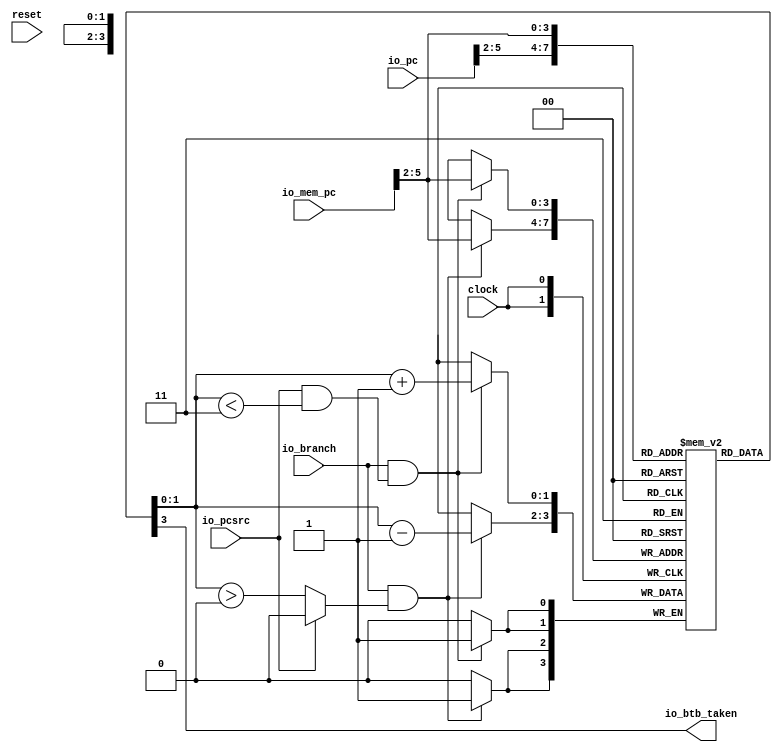
module BTB(
  input         clock,
  input         reset,
  input  [31:0] io_pc,
  input  [31:0] io_mem_pc,
  input         io_pcsrc,
  input         io_branch,
  output        io_btb_taken
);
`ifdef RANDOMIZE_MEM_INIT
  reg [31:0] _RAND_0;
`endif // RANDOMIZE_MEM_INIT
  reg [1:0] btbTable [0:15]; // @[btb.scala 14:21]
  wire  btbTable_btbEntry_en; // @[btb.scala 14:21]
  wire [3:0] btbTable_btbEntry_addr; // @[btb.scala 14:21]
  wire [1:0] btbTable_btbEntry_data; // @[btb.scala 14:21]
  wire  btbTable_MPORT_en; // @[btb.scala 14:21]
  wire [3:0] btbTable_MPORT_addr; // @[btb.scala 14:21]
  wire [1:0] btbTable_MPORT_data; // @[btb.scala 14:21]
  wire  btbTable_MPORT_1_en; // @[btb.scala 14:21]
  wire [3:0] btbTable_MPORT_1_addr; // @[btb.scala 14:21]
  wire [1:0] btbTable_MPORT_1_data; // @[btb.scala 14:21]
  wire  btbTable_MPORT_3_en; // @[btb.scala 14:21]
  wire [3:0] btbTable_MPORT_3_addr; // @[btb.scala 14:21]
  wire [1:0] btbTable_MPORT_3_data; // @[btb.scala 14:21]
  wire  btbTable_MPORT_4_en; // @[btb.scala 14:21]
  wire [3:0] btbTable_MPORT_4_addr; // @[btb.scala 14:21]
  wire [1:0] btbTable_MPORT_4_data; // @[btb.scala 14:21]
  wire [1:0] btbTable_MPORT_2_data; // @[btb.scala 14:21]
  wire [3:0] btbTable_MPORT_2_addr; // @[btb.scala 14:21]
  wire  btbTable_MPORT_2_mask; // @[btb.scala 14:21]
  wire  btbTable_MPORT_2_en; // @[btb.scala 14:21]
  wire [1:0] btbTable_MPORT_5_data; // @[btb.scala 14:21]
  wire [3:0] btbTable_MPORT_5_addr; // @[btb.scala 14:21]
  wire  btbTable_MPORT_5_mask; // @[btb.scala 14:21]
  wire  btbTable_MPORT_5_en; // @[btb.scala 14:21]
  wire  _T_3 = btbTable_MPORT_data < 2'h3; // @[btb.scala 26:38]
  wire  _T_9 = btbTable_MPORT_3_data > 2'h0; // @[btb.scala 31:38]
  wire  _GEN_17 = io_pcsrc & _T_3; // @[btb.scala 14:21 24:28]
  wire  _GEN_23 = io_pcsrc ? 1'h0 : 1'h1; // @[btb.scala 14:21 24:28 31:20]
  wire  _GEN_26 = io_pcsrc ? 1'h0 : _T_9; // @[btb.scala 14:21 24:28]
  assign btbTable_btbEntry_en = 1'h1;
  assign btbTable_btbEntry_addr = io_pc[5:2];
  assign btbTable_btbEntry_data = btbTable[btbTable_btbEntry_addr]; // @[btb.scala 14:21]
  assign btbTable_MPORT_en = io_branch & io_pcsrc;
  assign btbTable_MPORT_addr = io_mem_pc[5:2];
  assign btbTable_MPORT_data = btbTable[btbTable_MPORT_addr]; // @[btb.scala 14:21]
  assign btbTable_MPORT_1_en = io_branch & _GEN_17;
  assign btbTable_MPORT_1_addr = io_mem_pc[5:2];
  assign btbTable_MPORT_1_data = btbTable[btbTable_MPORT_1_addr]; // @[btb.scala 14:21]
  assign btbTable_MPORT_3_en = io_branch & _GEN_23;
  assign btbTable_MPORT_3_addr = io_mem_pc[5:2];
  assign btbTable_MPORT_3_data = btbTable[btbTable_MPORT_3_addr]; // @[btb.scala 14:21]
  assign btbTable_MPORT_4_en = io_branch & _GEN_26;
  assign btbTable_MPORT_4_addr = io_mem_pc[5:2];
  assign btbTable_MPORT_4_data = btbTable[btbTable_MPORT_4_addr]; // @[btb.scala 14:21]
  assign btbTable_MPORT_2_data = btbTable_MPORT_1_data + 2'h1;
  assign btbTable_MPORT_2_addr = io_mem_pc[5:2];
  assign btbTable_MPORT_2_mask = 1'h1;
  assign btbTable_MPORT_2_en = io_branch & _GEN_17;
  assign btbTable_MPORT_5_data = btbTable_MPORT_4_data - 2'h1;
  assign btbTable_MPORT_5_addr = io_mem_pc[5:2];
  assign btbTable_MPORT_5_mask = 1'h1;
  assign btbTable_MPORT_5_en = io_branch & _GEN_26;
  assign io_btb_taken = btbTable_btbEntry_data[1]; // @[btb.scala 20:28]
  always @(posedge clock) begin
    if (btbTable_MPORT_2_en & btbTable_MPORT_2_mask) begin
      btbTable[btbTable_MPORT_2_addr] <= btbTable_MPORT_2_data; // @[btb.scala 14:21]
    end
    if (btbTable_MPORT_5_en & btbTable_MPORT_5_mask) begin
      btbTable[btbTable_MPORT_5_addr] <= btbTable_MPORT_5_data; // @[btb.scala 14:21]
    end
  end
// Register and memory initialization
`ifdef RANDOMIZE_GARBAGE_ASSIGN
`define RANDOMIZE
`endif
`ifdef RANDOMIZE_INVALID_ASSIGN
`define RANDOMIZE
`endif
`ifdef RANDOMIZE_REG_INIT
`define RANDOMIZE
`endif
`ifdef RANDOMIZE_MEM_INIT
`define RANDOMIZE
`endif
`ifndef RANDOM
`define RANDOM $random
`endif
`ifdef RANDOMIZE_MEM_INIT
  integer initvar;
`endif
`ifndef SYNTHESIS
`ifdef FIRRTL_BEFORE_INITIAL
`FIRRTL_BEFORE_INITIAL
`endif
initial begin
  `ifdef RANDOMIZE
    `ifdef INIT_RANDOM
      `INIT_RANDOM
    `endif
    `ifndef VERILATOR
      `ifdef RANDOMIZE_DELAY
        #`RANDOMIZE_DELAY begin end
      `else
        #0.002 begin end
      `endif
    `endif
`ifdef RANDOMIZE_MEM_INIT
  _RAND_0 = {1{`RANDOM}};
  for (initvar = 0; initvar < 16; initvar = initvar+1)
    btbTable[initvar] = _RAND_0[1:0];
`endif // RANDOMIZE_MEM_INIT
  `endif // RANDOMIZE
end // initial
`ifdef FIRRTL_AFTER_INITIAL
`FIRRTL_AFTER_INITIAL
`endif
`endif // SYNTHESIS
endmodule